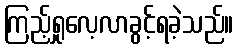
ကြည့်ရှုလေ့လာခွင့်ရခဲ့သည်။